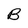
Character: B